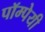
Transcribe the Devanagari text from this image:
पॉम्पेयी